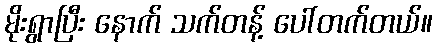
မိုးရွာပြီး နောက် သက်တန့် ပေါ်တက်တယ်။